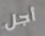
أجل